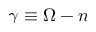
\gamma \equiv \Omega - n